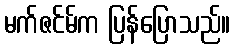
မက်ဇင်မ်က ပြန်ပြောသည်။